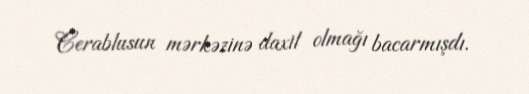
Cerablusun mərkəzinə daxil olmağı bacarmışdı.